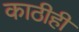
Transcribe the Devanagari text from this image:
काठीही